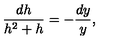
\frac { d h } { h ^ { 2 } + h } = - \frac { d y } { y } ,